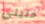
خليلي